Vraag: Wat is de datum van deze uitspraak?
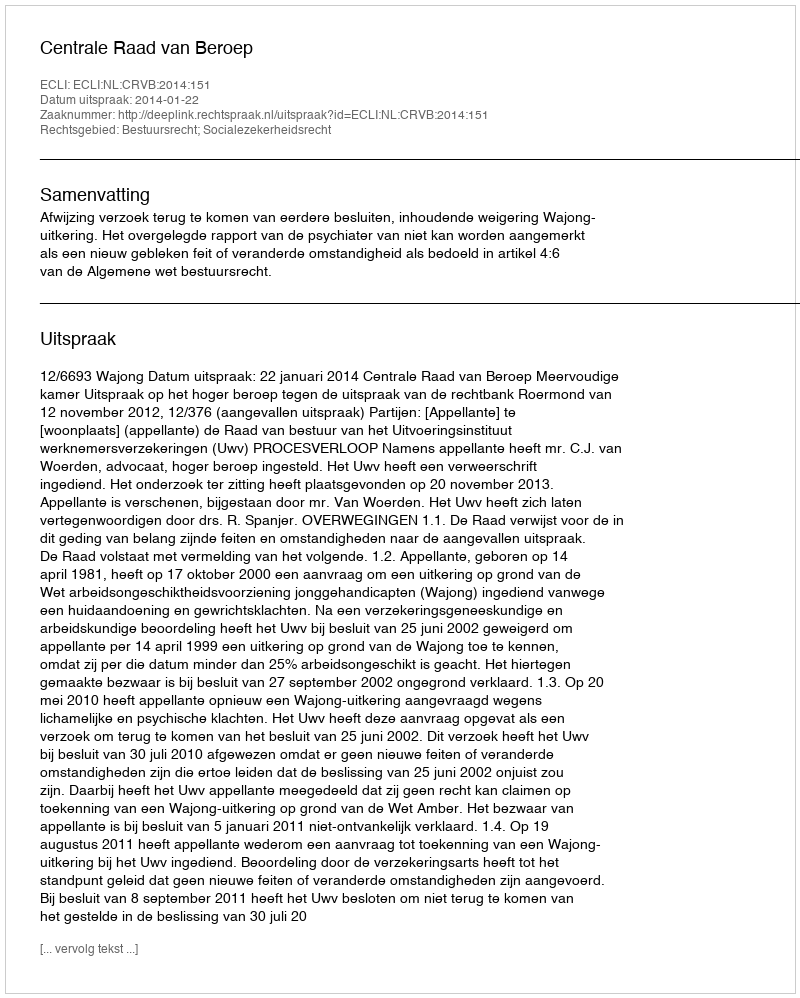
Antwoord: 2014-01-22